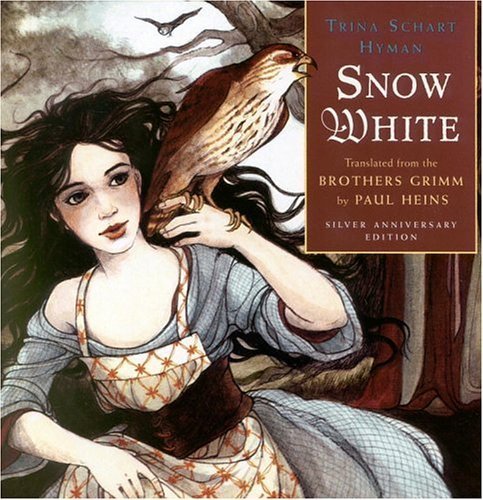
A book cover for Snow White; Paul Heins; Children's Books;